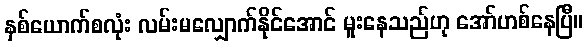
နှစ်ယောက်စလုံး လမ်းမလျှောက်နိုင်အောင် မူးနေသည်ဟု အော်ဟစ်နေပြီ။